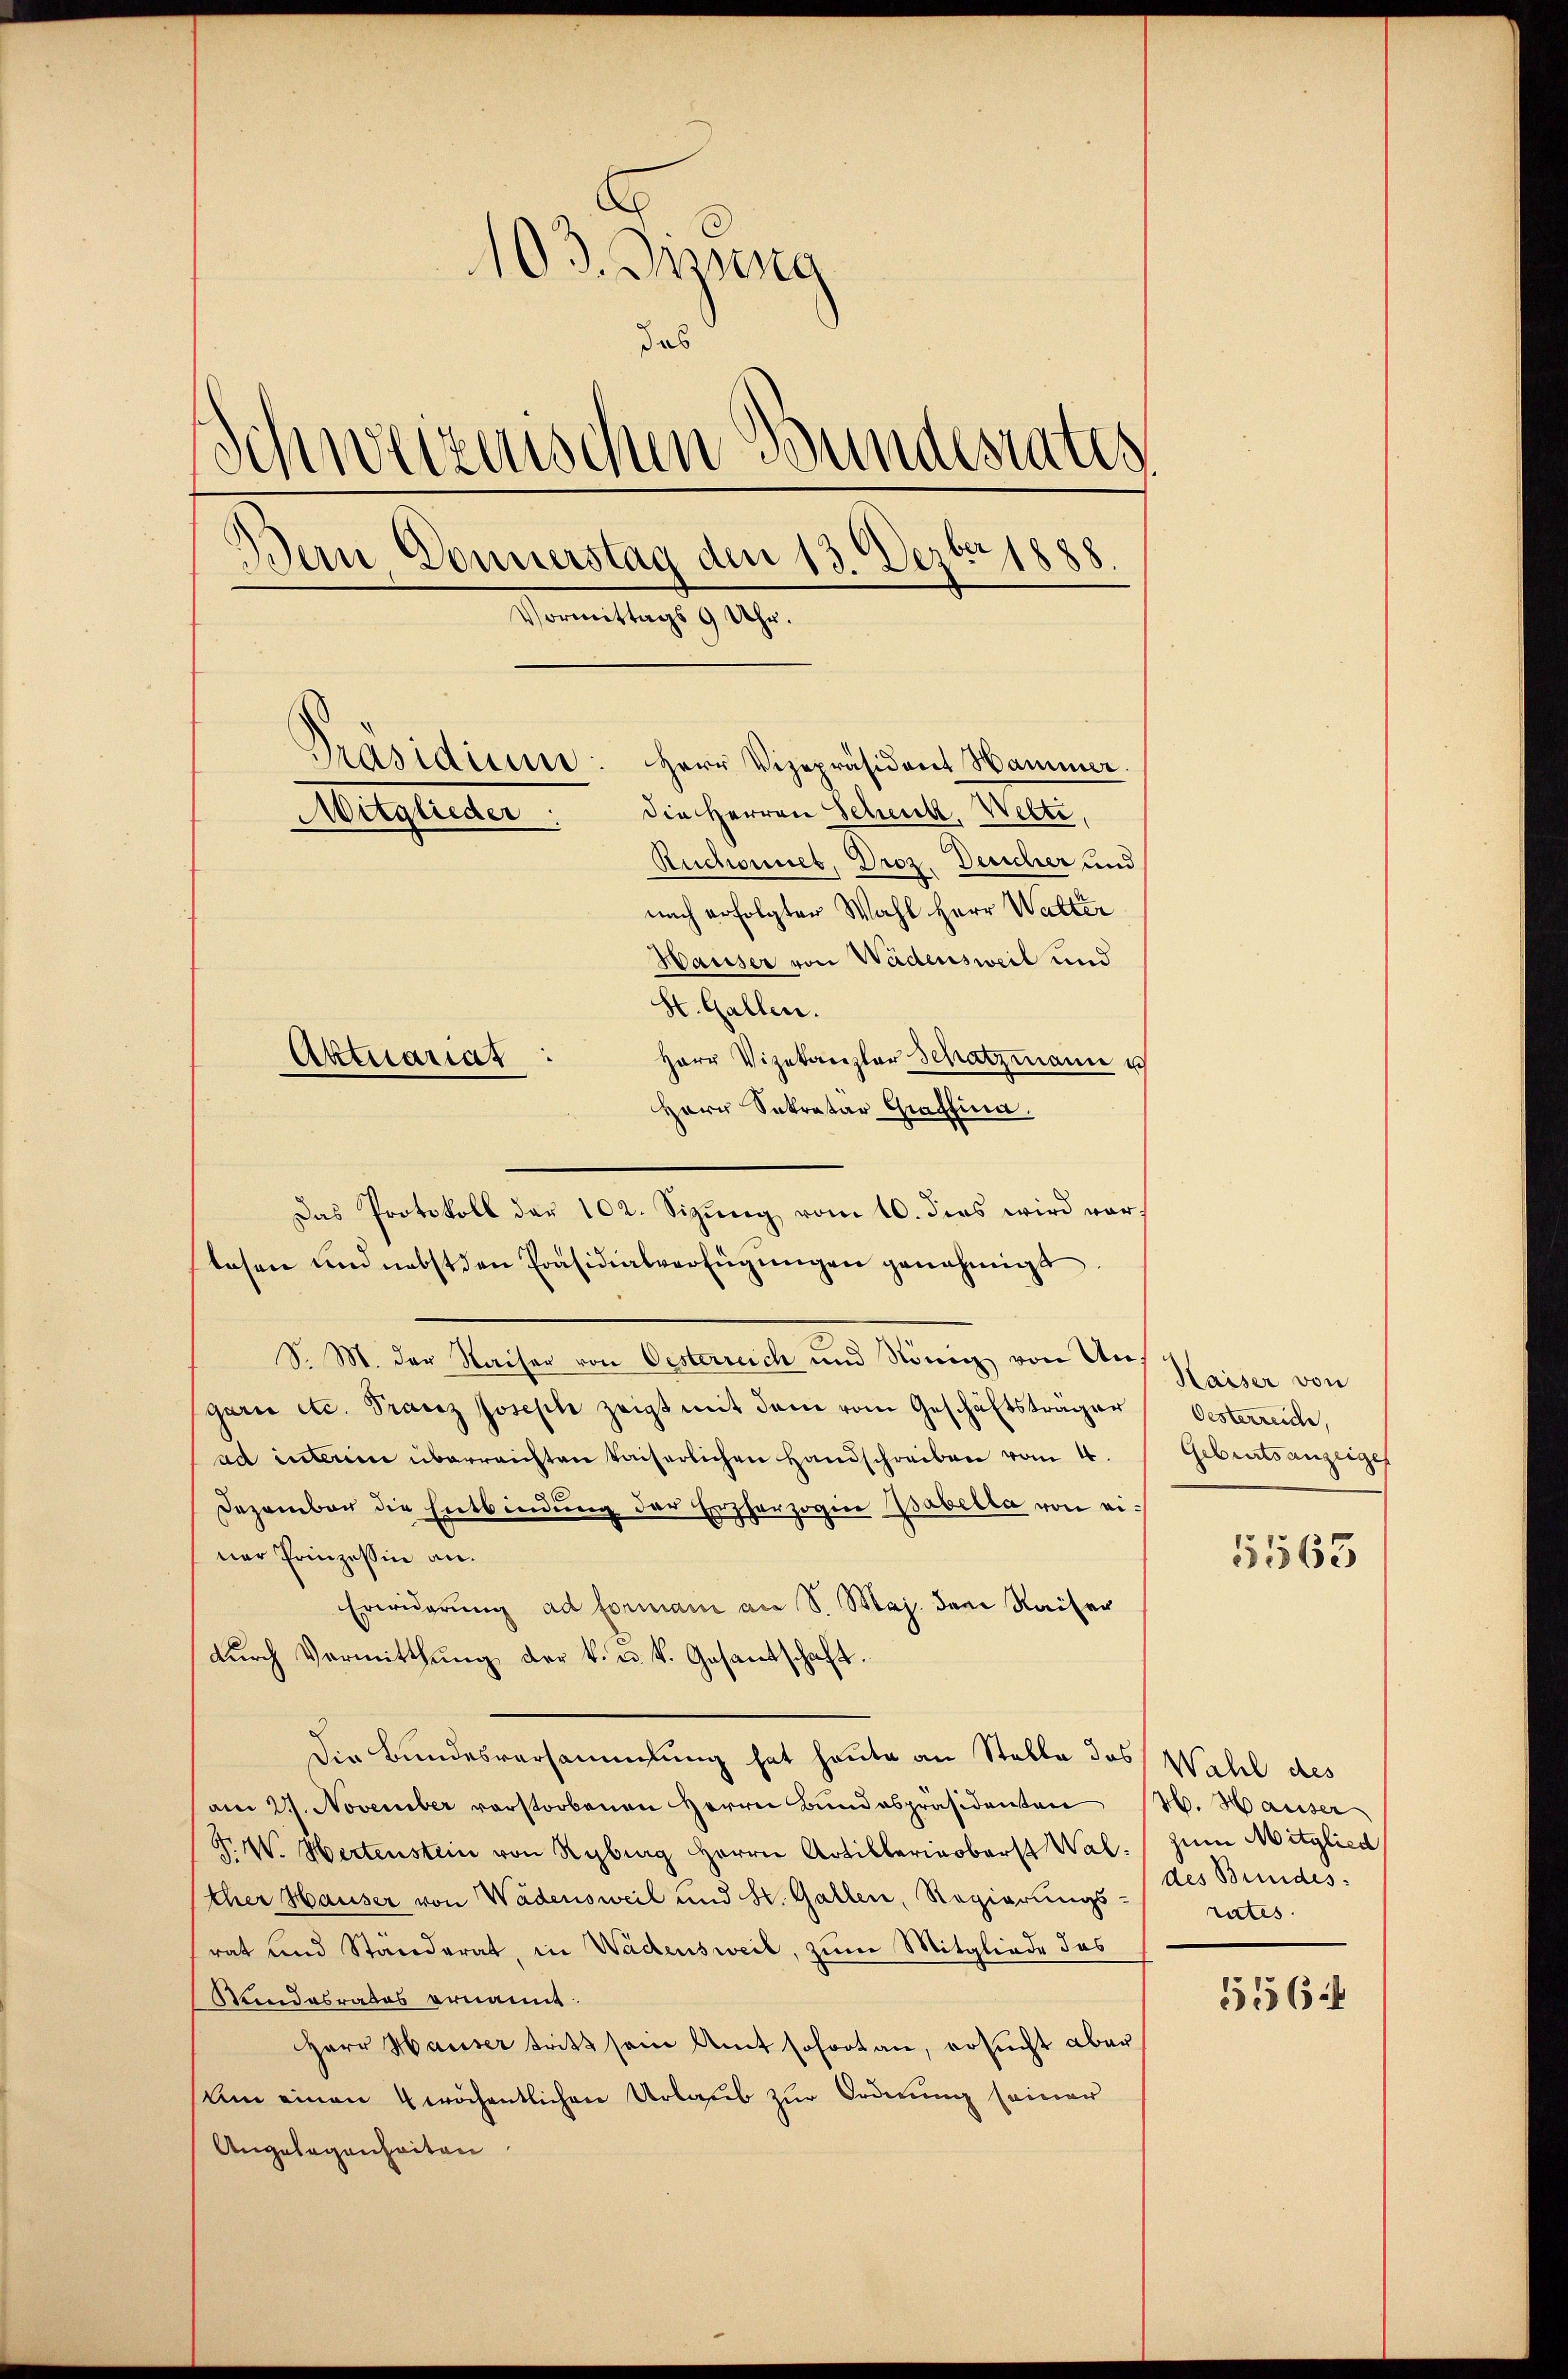
103. Jung
das
Schweizerischen Bundesrates
Dein Donnerstag den 13. Dezbr 1888.
Vormittags 9 Uhr.
Präsidium: Herr Vizepräsident Hammer.
die Herren Schenk, Welti,
Augleiter
Ruchonnet, Droz. Deucher und
nach erfolgter Wahl Herr Walter
Hauser von Wädensweil und
St. Gallen.
Herr Vizekanzler Schatzmann u
Aktuariat
Herr Sekretär Graffina.

Das Protokoll der 102. Sizŭng vom 10. dies wird vor-
lesen und nebst den Präsidialverfügungen genehmigt
S. M. der Waiser von Oesterreich und König von Ungarn etc. Franz Joseph zeigt mit dem vom Geschäftsträger
ad interim überreichten kaiserlichen Handschreiben vom 4.
Dezember die Entbindung der Erzherzogin Babetta von einer Prinzessin an.
Erwiderung ad formani an S. Maj. dem Kaiser
dŭrch Vermitthŭng der k. u. k. Gesandschaft.
Die Bundesversammlung hat heute an Stelle das Wahl des
am 27. November verstorbenen Herrn Bŭndespräsidenten H. Hauser
F. W. Wertenstein von Rybrag Herrn Artillariarbarst Wal. zum Mitglied
ther Hauser von Wädensweil und H. Gallen, Regierungs-
rat und Ständerat, in Wädensweil, zum Mitgliede das
Mindesrates ernannt.
Herr Hauser tritt sein Amt sofortan, ersucht aber
Um einen 4 wöchentlichen Urlaub zur Ordnung seiner
Angelegenheiten

Haiser von
Oesterreiche,
Gebratsanzeigel

1563

des Bundes:
rates.
5564